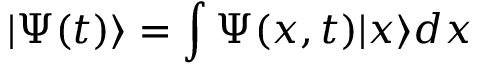
| \Psi ( t ) \rangle = \int \Psi ( x , t ) | x \rangle d x